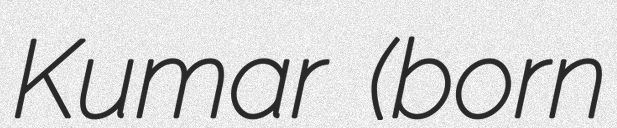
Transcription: Kumar (born